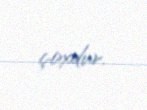
çoxdur.